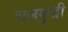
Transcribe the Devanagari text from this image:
राजमुन्द्री